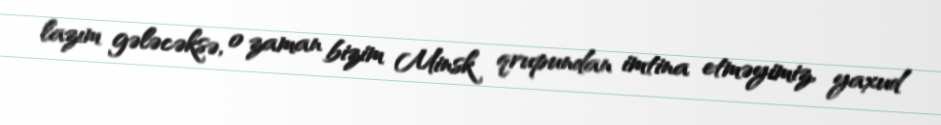
lazım gələcəksə, o zaman bizim Minsk qrupundan imtina etməyimiz, yaxud